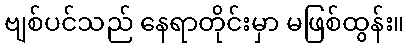
ဗျစ်ပင်သည် နေရာတိုင်းမှာ မဖြစ်ထွန်း။